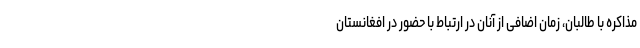
مذاکره با طالبان، زمان اضافی از آنان در ارتباط با حضور در افغانستان